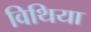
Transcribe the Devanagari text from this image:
विथिया